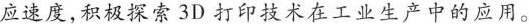
应速度,积极探索3D打印技术在工业生产中的应用。